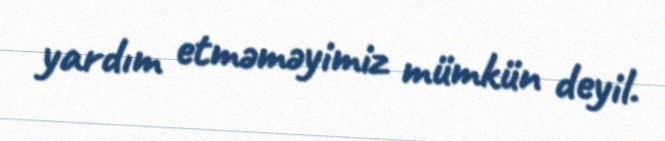
yardım etməməyimiz mümkün deyil.